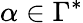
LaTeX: \alpha\in\Gamma^{*}